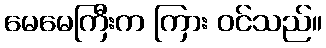
မေမေကြီးက ကြား ဝင်သည်။